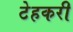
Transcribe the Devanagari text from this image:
टेहकरी